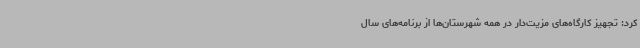
کرد: تجهیز کارگاه‌های مزیت‌دار در همه شهرستان‌ها از برنامه‌های سال